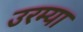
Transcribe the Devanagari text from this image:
उरम्या